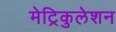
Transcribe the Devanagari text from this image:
मेट्रिकुलेशन